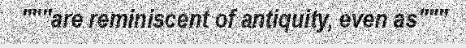
"""are reminiscent of antiquity, even as"""